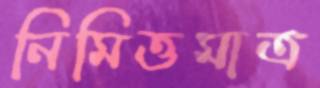
নিমিত্তমাত্র